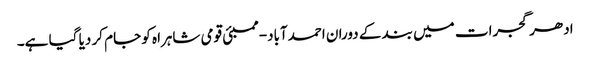
ادھر گجرات میں بند کے دوران احمدآباد-ممبئی قومی شاہراہ کو جام کر دیا گیا ہے۔